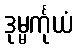
ဒုမ္မင်္ကုယံ